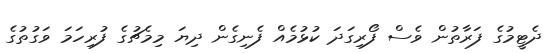
ދެޓީމުގެ ފަރާތުން ވެސް ފޯރިގަދަ ކުޅުމެއް ފެނިގެން ދިޔަ މިމެޗުގެ ފުރިހަމަ ވަގުތުގެ